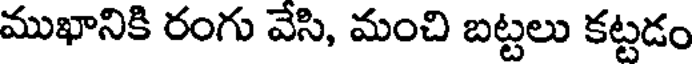
ముఖానికి రంగు వేసి, మంచి బట్టలు కట్టడం